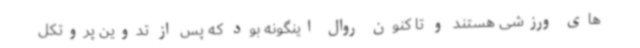
های ورزشی هستند و تا کنون روال اینگونه بود که پس از تدوین پروتکل